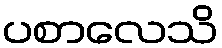
ပစာလေသိ